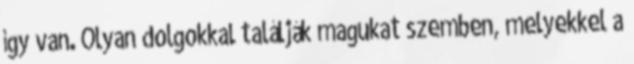
így van. Olyan dolgokkal találják magukat szemben, melyekkel a